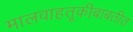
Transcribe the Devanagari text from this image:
मालवाहतूकीबाबतीत